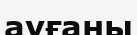
ауғаны